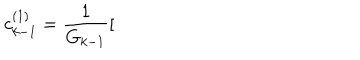
LaTeX: c _ { k - 1 } ^ { ( 1 ) } = \frac { 1 } { G _ { k - 1 } } [